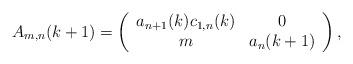
LaTeX: \begin{align*}A_{m,n}(k+1) = \left(\begin{array}{cc}a_{n+1}(k)c_{1,n}(k) & 0 \\m & a_{n}(k+1)\end{array}\right),\end{align*}